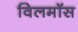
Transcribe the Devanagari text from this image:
विलमॉस